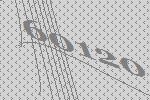
60120